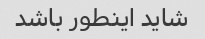
شاید اینطور باشد